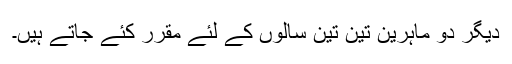
دیگر دو ماہرین تین تین سالوں کے لئے مقرر کئے جاتے ہیں۔